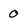
Character: 0